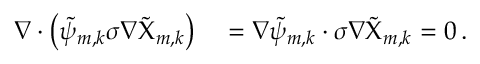
\begin{array} { r l } { \nabla \cdot \bigl ( \tilde { \psi } _ { m , k } \sigma \nabla \tilde { \Chi } _ { m , k } \bigr ) } & { { } = \nabla \tilde { \psi } _ { m , k } \cdot \sigma \nabla \tilde { \Chi } _ { m , k } = 0 \, . } \end{array}